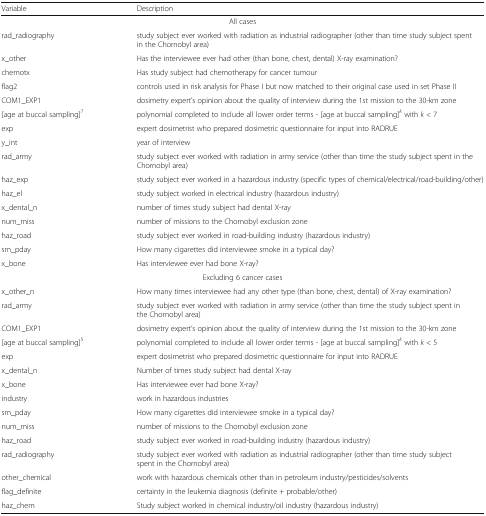
<table><thead><tr><td><b>Variable</b></td><td><b>Description</b></td></tr></thead><tbody><tr><td colspan="2">All cases</td></tr><tr><td>rad_radiography</td><td>study subject ever worked with radiation as industrial radiographer (other than time study subject spent in the Chornobyl area)</td></tr><tr><td>x_other</td><td>Has the interviewee ever had other (than bone, chest, dental) X-ray examination?</td></tr><tr><td>chemotx</td><td>Has study subject had chemotherapy for cancer tumour</td></tr><tr><td>flag2</td><td>controls used in risk analysis for Phase I but now matched to their original case used in set Phase II</td></tr><tr><td>COM1_EXP1</td><td>dosimetry expert’s opinion about the quality of interview during the 1st mission to the 30-km zone</td></tr><tr><td>[age at buccal sampling]<sup>7</sup></td><td>polynomial completed to include all lower order terms - [age at buccal sampling]<sup><i>k</i></sup> with <i>k</i> &lt; 7</td></tr><tr><td>exp</td><td>expert dosimetrist who prepared dosimetric questionnaire for input into RADRUE</td></tr><tr><td>y_int</td><td>year of interview</td></tr><tr><td>rad_army</td><td>study subject ever worked with radiation in army service (other than time the study subject spent in the Chornobyl area)</td></tr><tr><td>haz_exp</td><td>study subject ever worked in a hazardous industry (specific types of chemical/electrical/road-building/other)</td></tr><tr><td>haz_el</td><td>study subject worked in electrical industry (hazardous industry)</td></tr><tr><td>x_dental_n</td><td>number of times study subject had dental X-ray</td></tr><tr><td>num_miss</td><td>number of missions to the Chornobyl exclusion zone</td></tr><tr><td>haz_road</td><td>study subject ever worked in road-building industry (hazardous industry)</td></tr><tr><td>sm_pday</td><td>How many cigarettes did interviewee smoke in a typical day?</td></tr><tr><td>x_bone</td><td>Has interviewee ever had bone X-ray?</td></tr><tr><td colspan="2">Excluding 6 cancer cases</td></tr><tr><td>x_other_n</td><td>How many times interviewee had any other type (than bone, chest, dental) of X-ray examination?</td></tr><tr><td>rad_army</td><td>study subject ever worked with radiation in army service (other than time the study subject spent in the Chornobyl area)</td></tr><tr><td>COM1_EXP1</td><td>dosimetry expert’s opinion about the quality of interview during the 1st mission to the 30-km zone</td></tr><tr><td>[age at buccal sampling]<sup>5</sup></td><td>polynomial completed to include all lower order terms - [age at buccal sampling]<sup><i>k</i></sup> with <i>k</i> &lt; 5</td></tr><tr><td>exp</td><td>expert dosimetrist who prepared dosimetric questionnaire for input into RADRUE</td></tr><tr><td>x_dental_n</td><td>Number of times study subject had dental X-ray</td></tr><tr><td>x_bone</td><td>Has interviewee ever had bone X-ray?</td></tr><tr><td>industry</td><td>work in hazardous industries</td></tr><tr><td>sm_pday</td><td>How many cigarettes did interviewee smoke in a typical day?</td></tr><tr><td>num_miss</td><td>number of missions to the Chornobyl exclusion zone</td></tr><tr><td>haz_road</td><td>study subject ever worked in road-building industry (hazardous industry)</td></tr><tr><td>rad_radiography</td><td>study subject ever worked with radiation as industrial radiographer (other than time study subject spent in the Chornobyl area)</td></tr><tr><td>other_chemical</td><td>work with hazardous chemicals other than in petroleum industry/pesticides/solvents</td></tr><tr><td>flag_definite</td><td>certainty in the leukemia diagnosis (definite + probable/other)</td></tr><tr><td>haz_chem</td><td>Study subject worked in chemical industry/oil industry (hazardous industry)</td></tr></tbody></table>